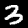
Digit: 3